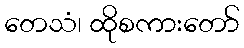
တေသံ၊ ထိုစကားတော်